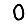
Digit: 0